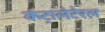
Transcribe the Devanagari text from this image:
कंट्रालेटेरल